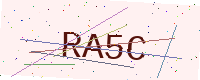
Text: RA5C